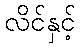
လိင်နှင့်